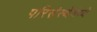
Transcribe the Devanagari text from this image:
परिसंस्थेमेध्ये